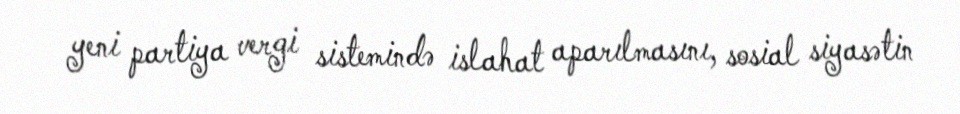
yeni partiya vergi sistemində islahat aparılmasını, sosial siyasətin